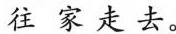
往家走去。